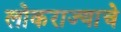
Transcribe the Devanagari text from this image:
लोकराज्याचे